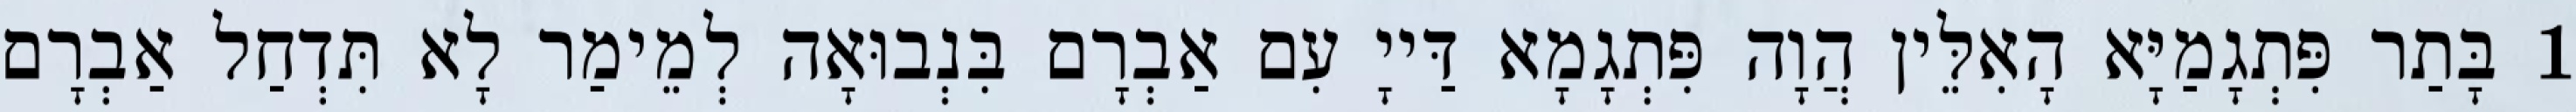
1 בָּתַר פִּתְגָמַיָּא הָאִלֵּין הֲוָה פִּתְגָמָא דַּייָ עִם אַבְרָם בִּנְבוּאָה לְמֵימַר לָא תִּדְחַל אַבְרָם